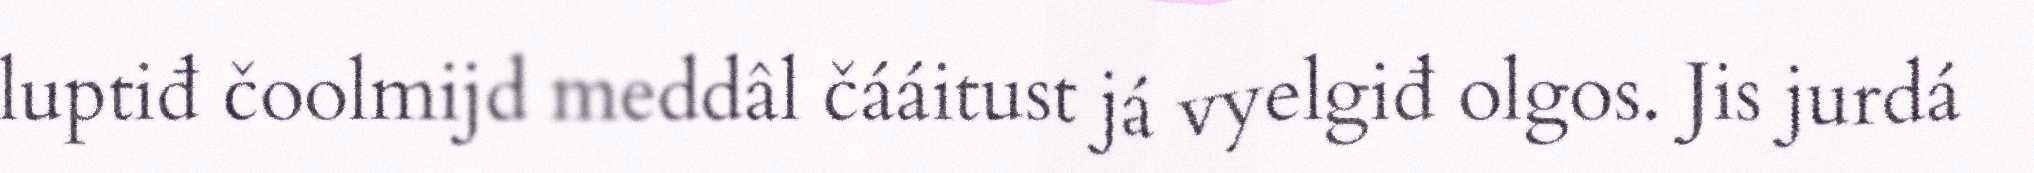
luptiđ čoolmijd meddâl čááitust já vyelgiđ olgos. Jis jurdá